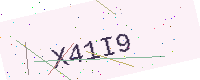
Text: X41I9